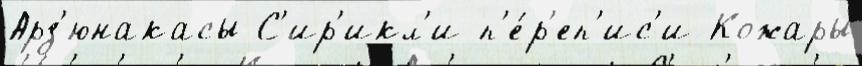
Арз'юнакасы С'ир'икл'и п'е́р'еп'ис'и Кожары